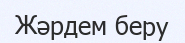
Жәрдем беру